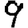
Digit: 9